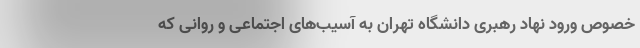
خصوص ورود نهاد رهبری دانشگاه تهران به آسیب‌های اجتماعی و روانی که